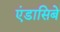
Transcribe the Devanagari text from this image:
एंडासिबे